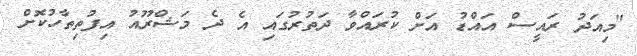
"މިއަދު ރައީސް އައްޑު އަަށް ކުރައްވާ ދަތުރުގައި އެ ދެ މަޝްރޫއު އިފުތިތާހުކޮށް